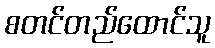
စတင်တည်ထောင်သူ